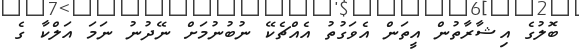
ބޮލުގެ އިޝާރާތުން އީތަން އެވަގުތު އެއްޗެކޭ ނުބުނުމަށް ނޭދުނު ނަމަ އަލްކާ ގެ